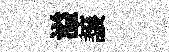
溢譲